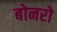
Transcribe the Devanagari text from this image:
बोनरो